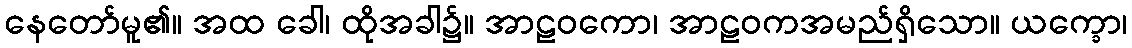
နေတော်မူ၏။ အထ ခေါ၊ ထိုအခါ၌။ အာဠဝကော၊ အာဠဝကအမည်ရှိသော။ ယက္ခော၊